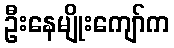
ဦးနေမျိုးကျော်က